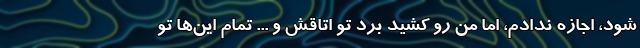
شود، اجازه ندادم، اما من رو کشید برد تو اتاقش و ... تمام این‌ها تو